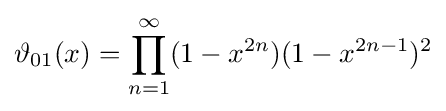
\vartheta _{01}(x)=\prod _{n=1}^{\infty }(1-x^{2n})(1-x^{2n-1})^{2}